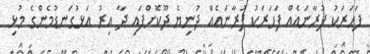
ފަހަރަކު ފުރާނައެއް ފަހަރަކު ފުރާނައެއް ދުނިޔެ ދޫކޮށްފައި ދާ އިރު އަޅުގަނޑުމެންގެ މުޅި